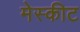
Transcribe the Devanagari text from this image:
मेस्कीट